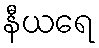
နီယရေ